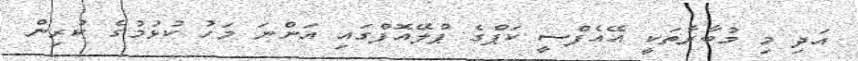
އަދި މި މުބާރާތަކީ އޭއެފްސީ ކަޕްގެ ޕްލޭއޮފްގައި އަންނަ މަހު ކުޅުމުގެ ކުރިން